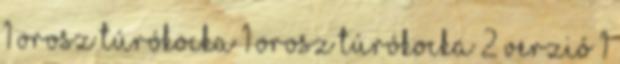
1 Orosz túrókocka 1 Orosz túrókocka 2 verzió 1